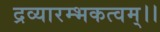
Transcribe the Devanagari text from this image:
द्रव्यारम्भकत्वम्।।